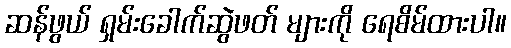
ဆန်ဖွယ် ရှမ်းခေါက်ဆွဲဖတ် များကို ရေစိမ်ထားပါ။